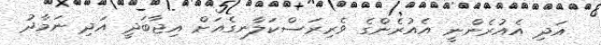
އަދި އެއުރެންނީ އެއުރެންގެ ވެރިރަސްކަލާނގެއަށް އިޖާބަދީ އަދި ނަމާދު